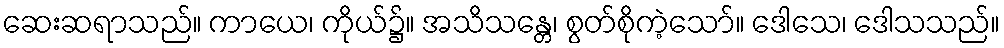
ဆေးဆရာသည်။ ကာယေ၊ ကိုယ်၌။ အသိသန္တေ၊ စွတ်စိုကဲ့သော်။ ဒေါသေ၊ ဒေါသသည်။